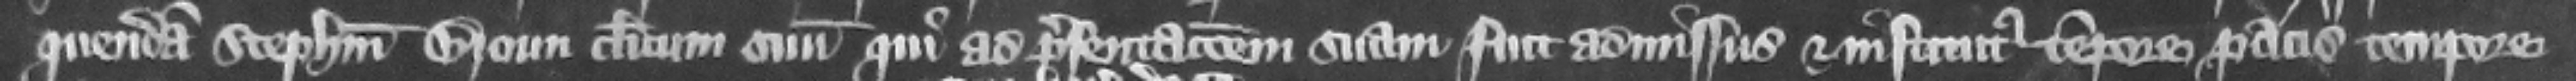
quendam Stephanum Broun clericum suum qui ad presentacionem suam fuit admissus et institutus tempore pacis tempore